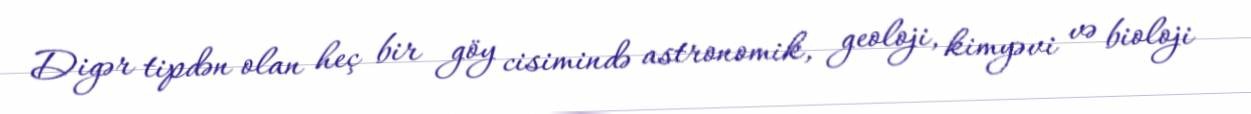
Digər tipdən olan heç bir göy cisimində astronomik, geoloji, kimyəvi və bioloji